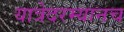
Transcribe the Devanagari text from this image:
यात्रेदरम्यानच